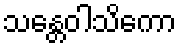
သန္တေဝါသိကော